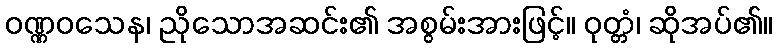
ဝဏ္ဏဝသေန၊ ညိုသောအဆင်း၏ အစွမ်းအားဖြင့်။ ဝုတ္တံ၊ ဆိုအပ်၏။